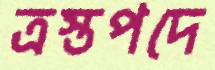
ত্রস্তপদে